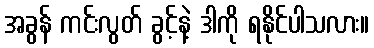
အခွန် ကင်းလွတ် ခွင့်နဲ့ ဒါကို ရနိုင်ပါသလား။